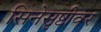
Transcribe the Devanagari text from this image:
सिनेसृष्टीवर